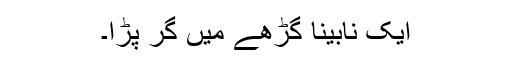
ایک نابینا گڑھے میں گر پڑا۔